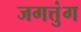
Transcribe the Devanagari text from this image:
जगत्तुंग